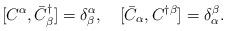
LaTeX: \begin{align*}[C^\alpha,\bar{C}^\dagger_\beta]=\delta^\alpha_\beta,\quad[\bar{C}_\alpha,C^{\dagger\beta}]=\delta_\alpha^\beta.\end{align*}